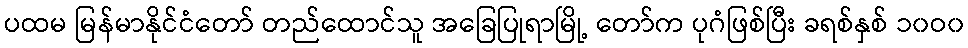
ပထမ မြန်မာနိုင်ငံတော် တည်ထောင်သူ အခြေပြုရာမြို့ တော်က ပုဂံဖြစ်ပြီး ခရစ်နှစ် ၁၀ဝ၀